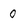
Character: 0